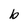
Character: b